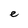
Character: e